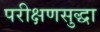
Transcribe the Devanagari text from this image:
परीक्षणसुद्धा